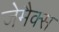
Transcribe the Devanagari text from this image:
जेमैक्स